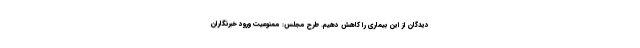
دیدگان از این بیماری را کاهش دهیم. طرح مجلس: ممنوعیت ورود خبرنگاران